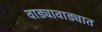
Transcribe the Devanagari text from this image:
वाड्यावाड्यात